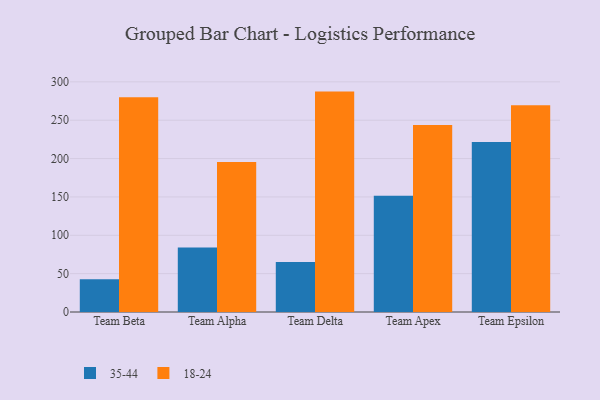
{"axis": {"x": "Team", "y": "Market Share (%)"}, "legend": ["18-24", "35-44"], "data": [{"x": "Team Beta", "y": 42.6, "type": "35-44"}, {"x": "Team Beta", "y": 279.8, "type": "18-24"}, {"x": "Team Alpha", "y": 84.0, "type": "35-44"}, {"x": "Team Alpha", "y": 195.6, "type": "18-24"}, {"x": "Team Delta", "y": 65.2, "type": "35-44"}, {"x": "Team Delta", "y": 287.3, "type": "18-24"}, {"x": "Team Apex", "y": 151.5, "type": "35-44"}, {"x": "Team Apex", "y": 243.6, "type": "18-24"}, {"x": "Team Epsilon", "y": 221.7, "type": "35-44"}, {"x": "Team Epsilon", "y": 269.6, "type": "18-24"}]}